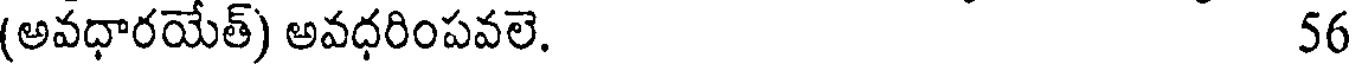
(అవధారయేత్) అవధరింపవలె. 56